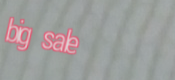
big sale